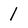
Character: 1